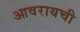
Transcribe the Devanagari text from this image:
आवरायची